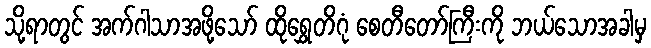
သို့ရာတွင် အက်ဂါသာအဖို့သော် ထိုရွှေတိဂုံ စေတီတော်ကြီးကို ဘယ်သောအခါမှ